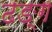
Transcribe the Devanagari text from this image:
ढङ्ग